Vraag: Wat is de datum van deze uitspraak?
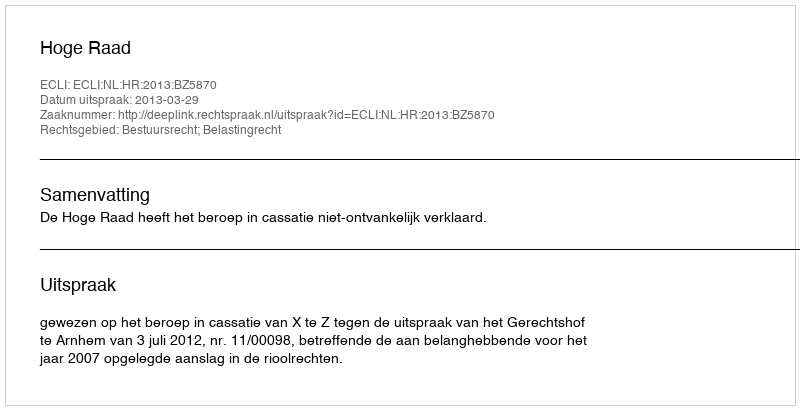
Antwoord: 2013-03-29